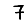
Digit: 7